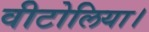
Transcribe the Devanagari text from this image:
वीटोलिया।